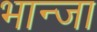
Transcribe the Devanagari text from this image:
भान्जा